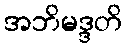
အဘိမဒ္ဒတိ